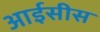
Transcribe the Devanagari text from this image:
आईसीस